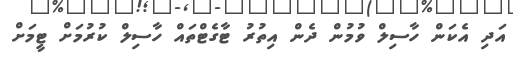
އަދި އެކަން ހާސިލް ވުމުން ދެން އިތުރު ޓާގެޓްތައް ހާސިލް ކުރުމަށް ޓީމަށް